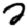
Digit: 2